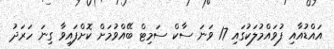
އައްޑުއާއި ފުވައްމުލަކުގައި 17 ވަނަ ސާކް ސަމިޓް ބޭއްވުމަށް ކޮށްފައިވާ ގިނަ ހަރަދު